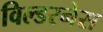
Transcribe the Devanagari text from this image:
विल्डरनेस